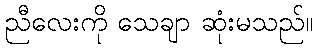
ညီလေးကို သေချာ ဆုံးမသည်။